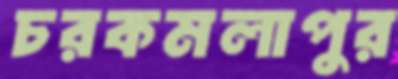
চরকমলাপুর